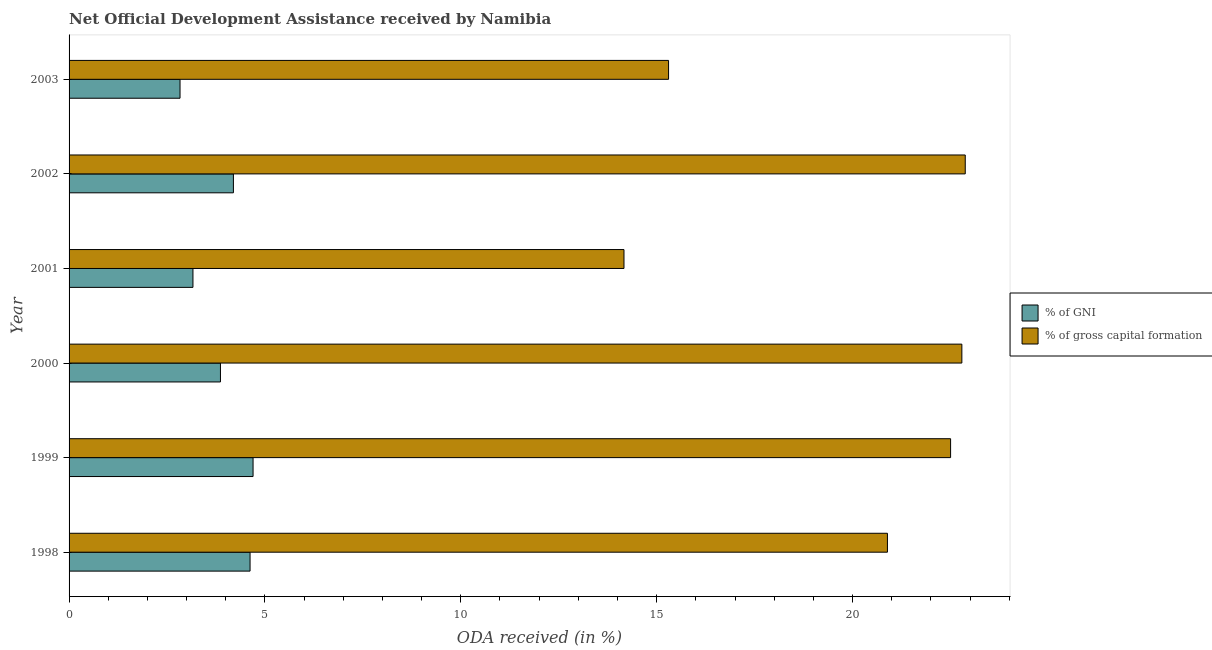
| Year | % of GNI | % of gross capital formation |
 | --- | --- | --- |
 | 1998 | 4.62 | 20.9 |
 | 1999 | 4.7 | 22.5 |
 | 2000 | 3.86 | 22.8 |
 | 2001 | 3.16 | 14.2 |
 | 2002 | 4.19 | 22.9 |
 | 2003 | 2.83 | 15.3 |